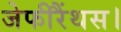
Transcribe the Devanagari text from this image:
जेफीरैंथस।